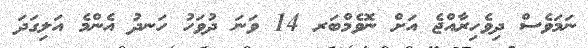
ނަމަވެސް ދިވެހިރާއްޖެ އަށް ނޮވެމްބަރ 14 ވަނަ ދުވަހު ހަނދު އެންމެ އަލިގަދަ